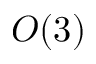
O ( 3 )